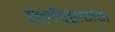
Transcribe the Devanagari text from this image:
फ्लैंक्समेन